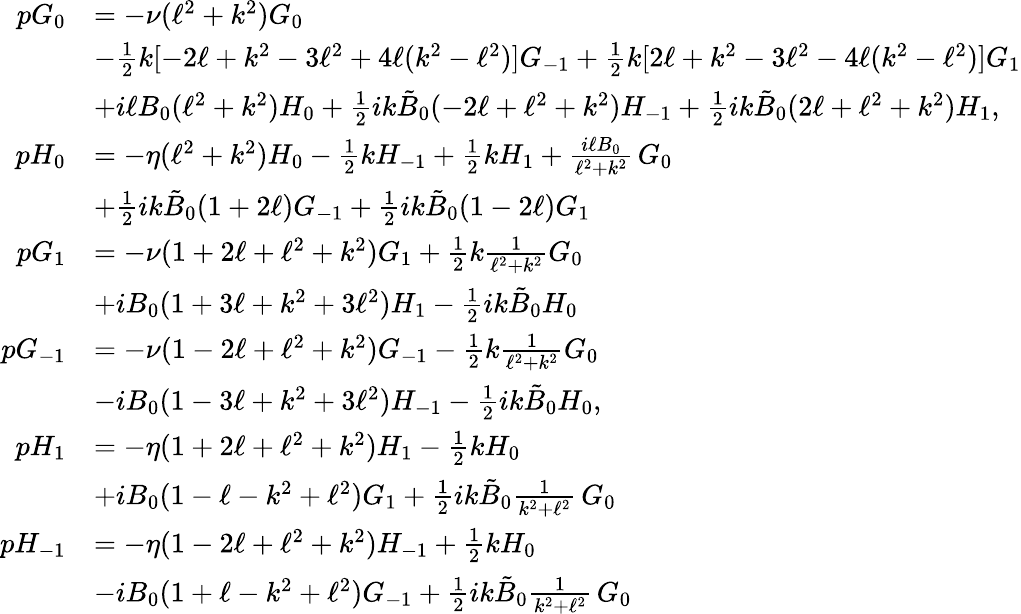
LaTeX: \begin{array}{rl}{pG_{0}}&{=-\nu(\ell^{2}+k^{2})G_{0}}\\ &{-\frac{1}{2}{k}[-2\ell+k^{2}-3\ell^{2}+4\ell(k^{2}-\ell^{2})]G_{-1}+\frac{1}{2}{k}[2\ell+k^{2}-3\ell^{2}-4\ell(k^{2}-\ell^{2})]G_{1}}\\ &{+i\ell B_{0}(\ell^{2}+k^{2})H_{0}+\frac{1}{2}ik\tilde{B}_{0}(-2\ell+\ell^{2}+k^{2})H_{-1}+\frac{1}{2}ik\tilde{B}_{0}(2\ell+\ell^{2}+k^{2})H_{1},}\\ {pH_{0}}&{=-\eta(\ell^{2}+k^{2})H_{0}-\frac{1}{2}{k}H_{-1}+\frac{1}{2}{k}H_{1}+\frac{i\ell B_{0}}{\ell^{2}+k^{2}}\, G_{0}}\\ &{+\frac{1}{2}ik\tilde{B}_{0}(1+2\ell)G_{-1}+\frac{1}{2}ik\tilde{B}_{0}(1-2\ell)G_{1}}\\ {pG_{1}}&{=-\nu(1+2\ell+\ell^{2}+k^{2})G_{1}+\frac{1}{2}{k}\frac{1}{\ell^{2}+k^{2}}G_{0}}\\ &{+iB_{0}(1+3\ell+k^{2}+3\ell^{2})H_{1}-\frac{1}{2}ik\tilde{B}_{0}H_{0}}\\ {pG_{-1}}&{=-\nu(1-2\ell+\ell^{2}+k^{2})G_{-1}-\frac{1}{2}{k}\frac{1}{\ell^{2}+k^{2}}G_{0}}\\ &{-iB_{0}(1-3\ell+k^{2}+3\ell^{2})H_{-1}-\frac{1}{2}ik\tilde{B}_{0}H_{0},}\\ {pH_{1}}&{=-\eta(1+2\ell+\ell^{2}+k^{2})H_{1}-\frac{1}{2}{k}H_{0}}\\ &{+iB_{0}(1-\ell-k^{2}+\ell^{2})G_{1}+\frac{1}{2}ik\tilde{B}_{0}\frac{1}{k^{2}+\ell^{2}}\, G_{0}}\\ {pH_{-1}}&{=-\eta(1-2\ell+\ell^{2}+k^{2})H_{-1}+\frac{1}{2}{k}H_{0}}\\ &{-iB_{0}(1+\ell-k^{2}+\ell^{2})G_{-1}+\frac{1}{2}ik\tilde{B}_{0}\frac{1}{k^{2}+\ell^{2}}\, G_{0}}\end{array}